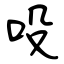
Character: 吺